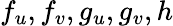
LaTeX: f_{u},f_{v},g_{u},g_{v},h